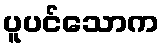
ပူပင်သောက